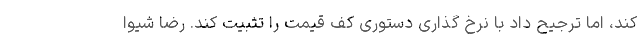
کند، اما ترجیح داد با نرخ گذاری دستوری کف قیمت را تثبیت کند. رضا شیوا